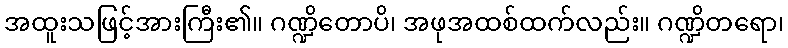
အထူးသဖြင့်အားကြီး၏။ ဂဏ္ဍိတောပိ၊ အဖုအထစ်ထက်လည်း။ ဂဏ္ဍိတရော၊